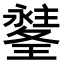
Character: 𤪉